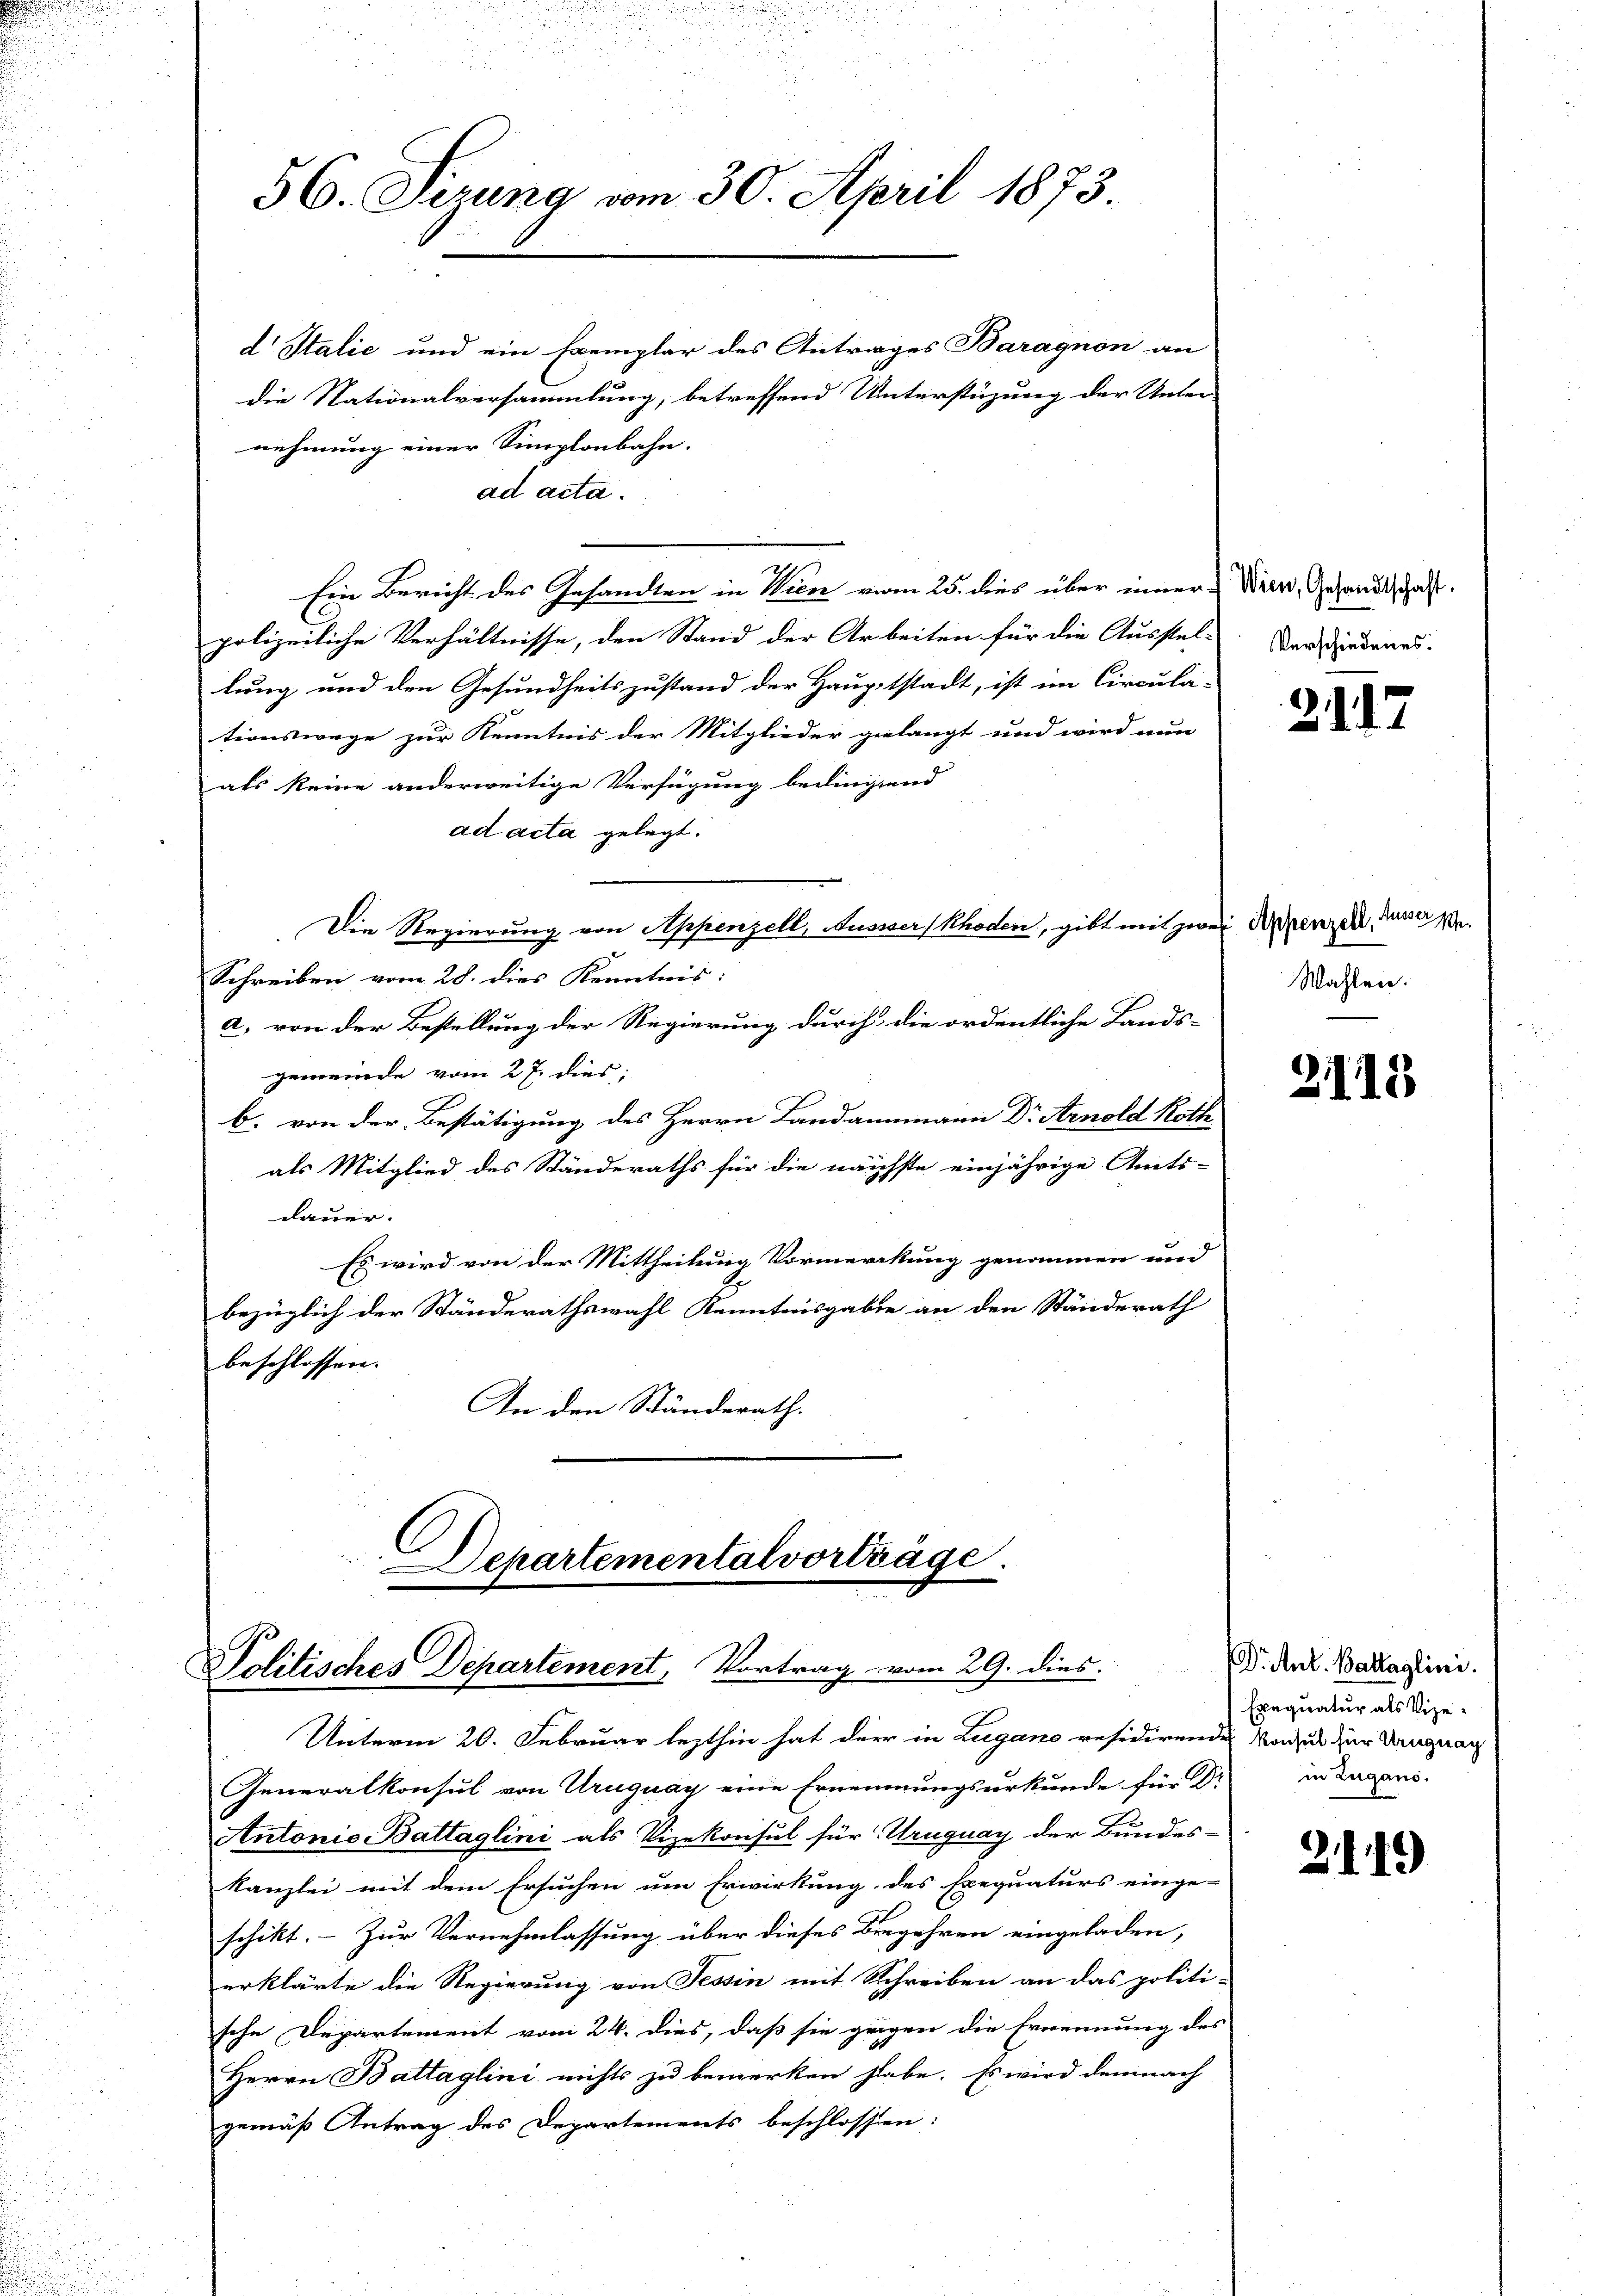
56. Sirung vom 30. April 1873.

d Italić und ein Exemplar des Antrages Baragnon an
die Nationalversammlung, betreffend Unterstüzung der Unter-
nehmung einer Simplonbahn.
ad acta.
Ein Bericht des Gesandten in Wien vom 25. dies über einer Wien, Gesandtschaft.
polizeiliche Verhältnisse, den Stand der Arbeiten für die Ausstel-
lung und den Gesundheitszustand der Hauptstadt, ist im Circula-
tionswege zur Kenntnis der Mitglieder gelangt und wird nun
als keine anderweitige Verfügung bedingend
ad acta gelegt.
Die Regierung von Appenzell, Nussser (Rhoden, gibt mit zwei Arenzen, dann
Schreiben vom 28. dies Kenntnis:
a) von der Bestellung der Regierung durch die ordentliche Lands-
gemeinde vom 27. dies;
b. von der Bestätigung des Herrn Landammann Dr Arnold Roth
als Mitglied des Ständeraths für die nächste einjährige Amts-
dauer.
Es wird von der Mittheilung Vormerckung genommen und
bezüglich der Ständerathswahl Kenntnisgabe an den Ständerath
beschlossen.
An den Ständerath.

Departementalvorträge.
Politisches Departement, Vortrag vom 29. dies

Unterm 20. Februar lezthin hat der in Lugano residirende Vorzug zur Langnach
Generalkonsul von Uruguay eine Ernennungsurkunde für Dr
Antonie Battaglini als Vizekonsul für Uruguay der Bundes-
Kanzlei mit dem Ersuchen um Erwirkung des Exequaturs einge-
schikt. - Zur Vernehmlassung über dieses Begehren eingeladen,
erklärte die Regierung von Tessin mit Schreiben an das politi-
sche Departement vom 24. dies, daß sie gegen die Ernennung des
Herrn Battaglini nichts zu bemerken habe. Es wird demnach
gemäß Antrag des Departements beschlossen:

Verschiedenes.

2117

Wahlen.

2115

Dr Ant. Battaglini.
Exequatur als Vizein Zugano.

2119